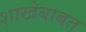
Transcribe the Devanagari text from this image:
शाखेबाबत